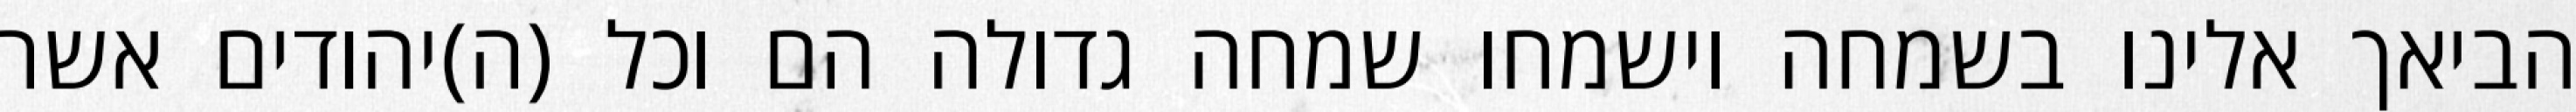
הביאך אלינו בשמחה וישמחו שמחה גדולה הם וכל (ה)יהודים אשר